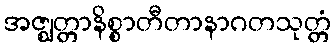
အဇ္ဈတ္တာနိစ္စာတီတာနာဂတသုတ္တံ